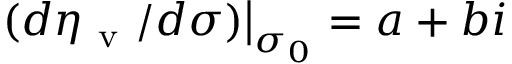
\left. ( d \eta _ { \mathrm { ~ v ~ } } / d \sigma ) \right| _ { \sigma _ { 0 } } = a + b i